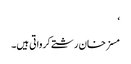
‘
مسز خان رشتے کرواتی ہیں۔